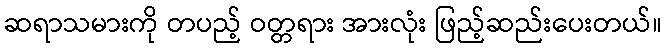
ဆရာသမားကို တပည့် ဝတ္တရား အားလုံး ဖြည့်ဆည်းပေးတယ်။